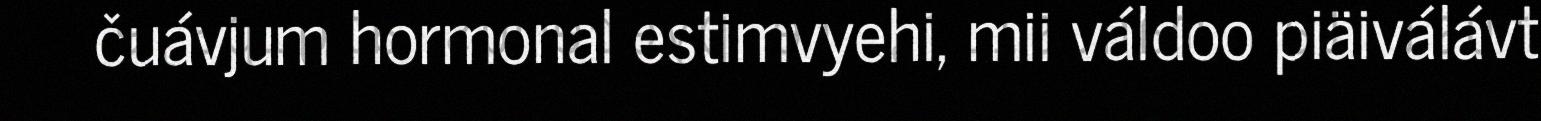
čuávjum hormonal estimvyehi, mii váldoo piäiválávt